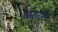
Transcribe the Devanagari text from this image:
हस्तांतरित